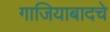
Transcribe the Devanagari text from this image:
गाजियाबादचे